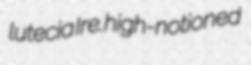
lutecia Ire. high-notioned